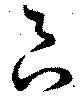
良